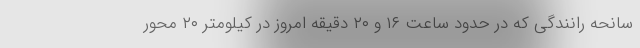
سانحه رانندگی که در حدود ساعت ۱۶ و ۲۰ دقیقه امروز در کیلومتر ۲۰ محور